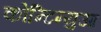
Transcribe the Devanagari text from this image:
कोन्टिन्युआ